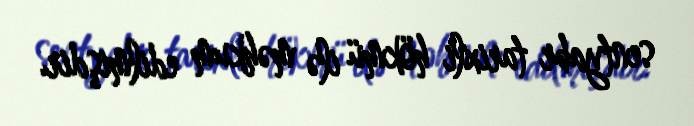
sentyabr tarixli hökmü ilə məhkum edilmişdir.